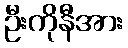
ဦးကိုနီအား